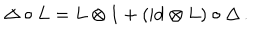
\Delta \circ L = L \otimes 1 + ( \mathrm { i d } \otimes L ) \circ \Delta \, .